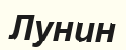
Лунин